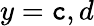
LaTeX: y=\mathtt{c},d